Lunatic asylums Central Provinces reports 1910-1926 - 1910-1926
Year: 1910
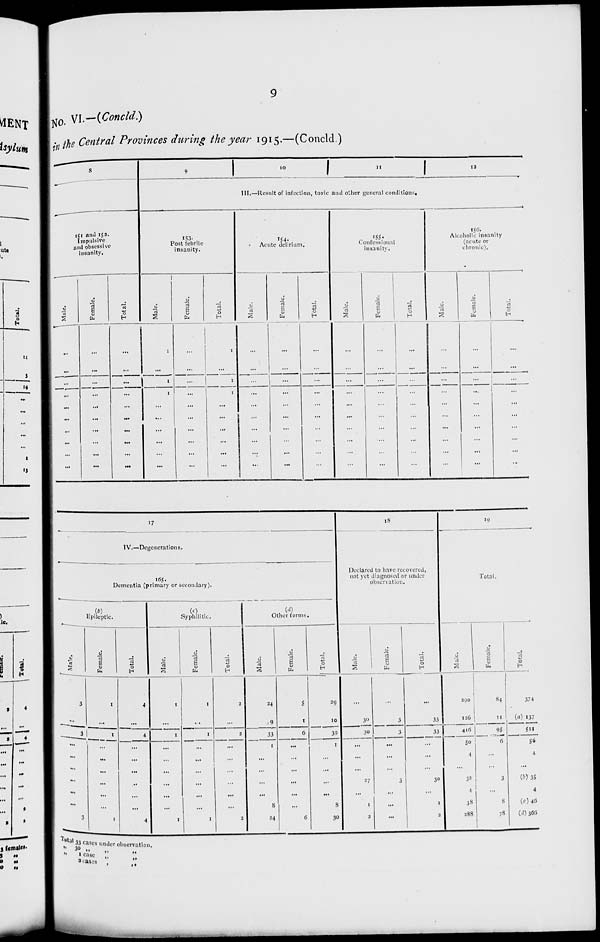
9
No. VI.—(Concld.)
in the Central Provinces during the year 1915.—(Concld.)
8
151 and 152.
Impulsive
and obsessive
insanity.
Male.
...
...
...
...
...
...
...
...
...
...
Female.
...
...
...
...
...
...
...
...
...
...
Total.
...
...
...
...
...
...
...
...
...
...
9
10
11
12
III.—Result of infection, toxic and other general conditions.
153.
Post febrile
insanity.
Male.
1
...
1
1
...
...
...
...
...
...
Female.
...
...
...
...
...
...
...
...
...
...
Total.
1
...
1
1
...
...
...
...
...
...
154.
Acute delirium.
Male.
...
...
...
...
...
...
...
...
...
...
Female.
...
...
...
...
...
...
...
...
...
...
Total.
...
...
...
...
...
...
...
...
...
...
155.
Confessional
insanity.
Male.
...
...
...
...
...
...
...
...
...
...
Female.
...
...
...
...
...
...
...
...
...
...
Total.
...
...
...
...
...
...
...
...
...
...
156.
Alcoholic insanity
(acute or
chronic).
Male.
...
...
...
...
...
...
...
...
...
...
Female.
...
...
...
...
...
...
...
...
...
...
Total.
...
...
...
...
...
...
...
...
...
...
17
IV.—Degenerations.
165
Dementia (primary or secondary).
(b)
Epileptic.
Male.
3
...
3
...
...
...
...
...
...
3
Female.
1
...
1
...
...
...
...
...
...
1
Total.
4
...
4
...
...
...
...
...
...
4
(c)
Syphilitic.
Male.
1
...
1
...
...
...
...
...
...
1
Female.
1
...
1
...
...
...
...
...
...
1
Total.
2
...
2
...
...
...
...
...
...
2
(d)
Other forms.
Male.
24
9
33
1
...
...
...
...
8
24
Female.
5
1
6
...
...
...
...
...
...
6
Total.
29
10
39
1
...
...
....
...
8
30
18
Declared to have recovered,
not yet diagnosed or under
observation.
Male.
...
30
30
...
...
...
27
...
1
2
Female.
...
3
3
...
...
...
3
...
...
...
Total.
...
33
33
...
...
...
30
...
1
2
19
Total.
Male.
290
126
416
50
4
...
32
4
38
288
Female.
84
11
95
6
...
...
3
...
8
78
Total.
374
(a)137
511
56
4
...
(b) 35
4
(c) 46
(d)366
Total
„ „
„
33 cases under observation.
30 „ „
1 case „ „
2 cases „ „